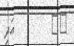
٨٨         އަދި